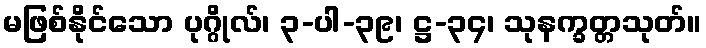
မဖြစ်နိုင်သော ပုဂ္ဂိုလ်၊ ၃-ပါ-၃၉၊ ဋ္ဌ-၃၄၊ သုနက္ခတ္တသုတ်။